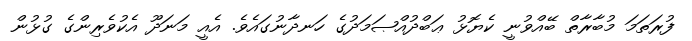
ފުރަތަމަ މުބާރާތް ބޭއްވުނީ ކެޔޮޅު ޢަބްދުއްޞަމަދުގެ ހަނދާނުގައެވެ. އެއީ މަނަދޫ އެކުވެރިންގެ ގުޅުން